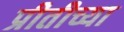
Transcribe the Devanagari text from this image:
प्रीतीच्या